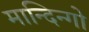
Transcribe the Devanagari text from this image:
मान्दिन्गो